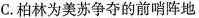
C.柏林为美苏争夺的前哨阵地